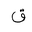
Letter: _qaf